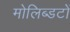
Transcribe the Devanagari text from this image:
मोलिब्डटों